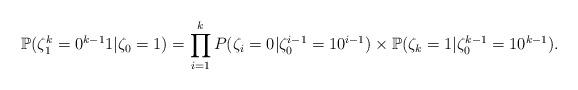
LaTeX: \begin{align*}\mathbb{P}(\zeta_{1}^{k}=0^{k-1}1|\zeta_{0}=1)&=\prod_{i=1}^{k}P(\zeta_i=0|\zeta_{0}^{i-1}=10^{i-1})\times \mathbb{P}(\zeta_k=1|\zeta_{0}^{k-1}=10^{k-1}).\end{align*}